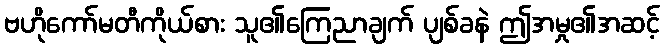
ဗဟိုကော်မတီကိုယ်စား သူ၏ကြေညာချက် ပျစ်ခနဲ ဤအမှု၏အဆင့်